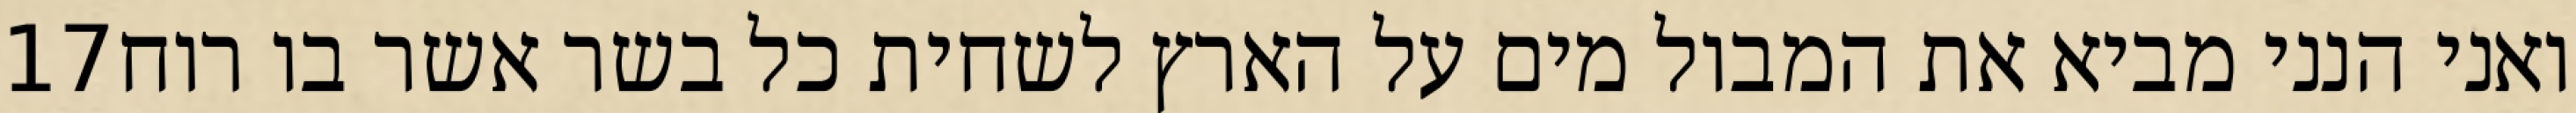
‎17‏ ואני הנני מביא את המבול מים על הארץ לשחית כל בשר אשר בו רוח